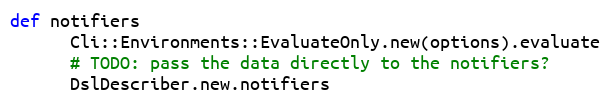
Language: Ruby
def notifiers
      Cli::Environments::EvaluateOnly.new(options).evaluate
      # TODO: pass the data directly to the notifiers?
      DslDescriber.new.notifiers